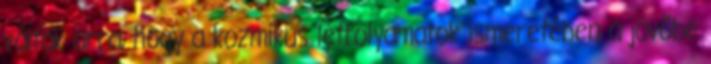
váltak arra, hogy a kozmikus létfolyamatok ismeretében a jövőbe